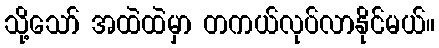
သို့သော် အထဲထဲမှာ တကယ်လုပ်လာနိုင်မယ်။